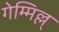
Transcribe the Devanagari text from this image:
गेम्मिल्ल्